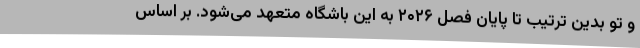
و تو بدین ترتیب تا پایان فصل ۲۰۲۶ به این باشگاه متعهد می‌شود. بر اساس